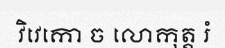
វិវេកោ ច លោកុត្ត រំ